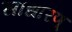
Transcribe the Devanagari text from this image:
साधारण्